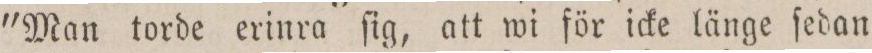
"Man torde erinra ſig, att wi för icke länge ſedan